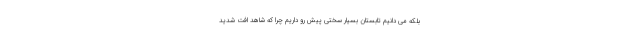
بلکه می دانیم تابستان بسیار سختی پیش رو داریم چرا که شاهد افت شدید